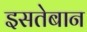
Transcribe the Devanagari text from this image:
इसतेबान